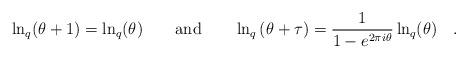
LaTeX: \begin{align*}\ln _{q}(\theta +1)=\ln _{q}(\theta )\qquad \hbox{and}\qquad \ln _{q}\left(\theta +\tau \right) =\frac{1}{1-e^{2\pi i\theta }}\ln _{q}(\theta )\quad .\end{align*}